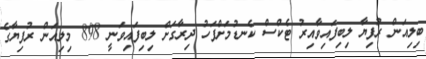
ބިލިއަން ރުފިޔާ ލިބިފައިވާއިރު ޓެކްސް ކެނޑުމަށްފަހު ދިރާގަށް ލިބިފައިވަނީ 898 މިލިއަން ރުފިޔާގެ